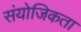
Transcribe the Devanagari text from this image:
संयोजिकता